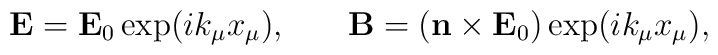
{\bf E}= {\bf E}_0\exp(ik_\mu x_\mu),\hspace{0.3in} {\bf B}=\left({\bf n}\times {\bf E}_0\right)\exp(ik_\mu x_\mu),